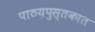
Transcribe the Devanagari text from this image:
पाठय़पुस्तकात